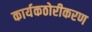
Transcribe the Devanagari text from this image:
कार्यकठोरीकरण